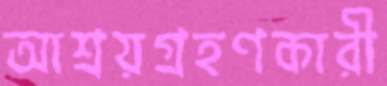
আশ্রয়গ্রহণকারী